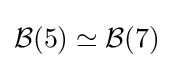
{\mathcal {B}}(5)\simeq {\mathcal {B}}(7)